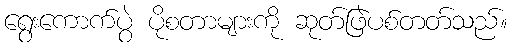
ရွေးကောက်ပွဲ ပိုစတာများကို ဆုတ်ဖြဲပစ်တတ်သည်။